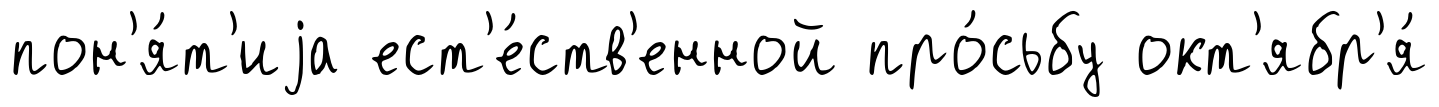
пон'я́т'иjа ест'е́ств'енной про́сьбу окт'ябр'я́